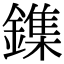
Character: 鏶